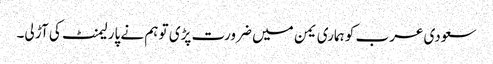
سعودی عرب کو ہماری یمن میں ضرورت پڑی تو ہم نے پارلیمنٹ کی آڑ لی۔